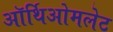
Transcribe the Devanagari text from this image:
ऑर्थिओमलेट